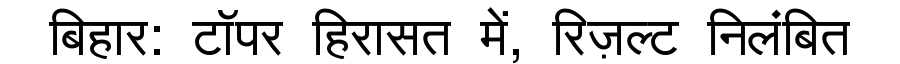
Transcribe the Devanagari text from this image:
बिहार: टॉपर हिरासत में, रिज़ल्ट निलंबित